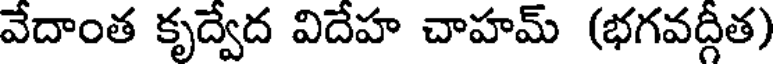
వేదాంత కృద్వేద విదేహ చాహమ్ (భగవద్గీత)